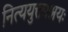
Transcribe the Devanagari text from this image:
नित्ययुक्ताश्रयः